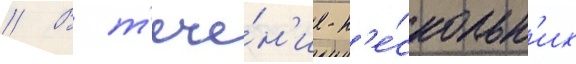
// В т'ече́н'ие н'е́скольк'их